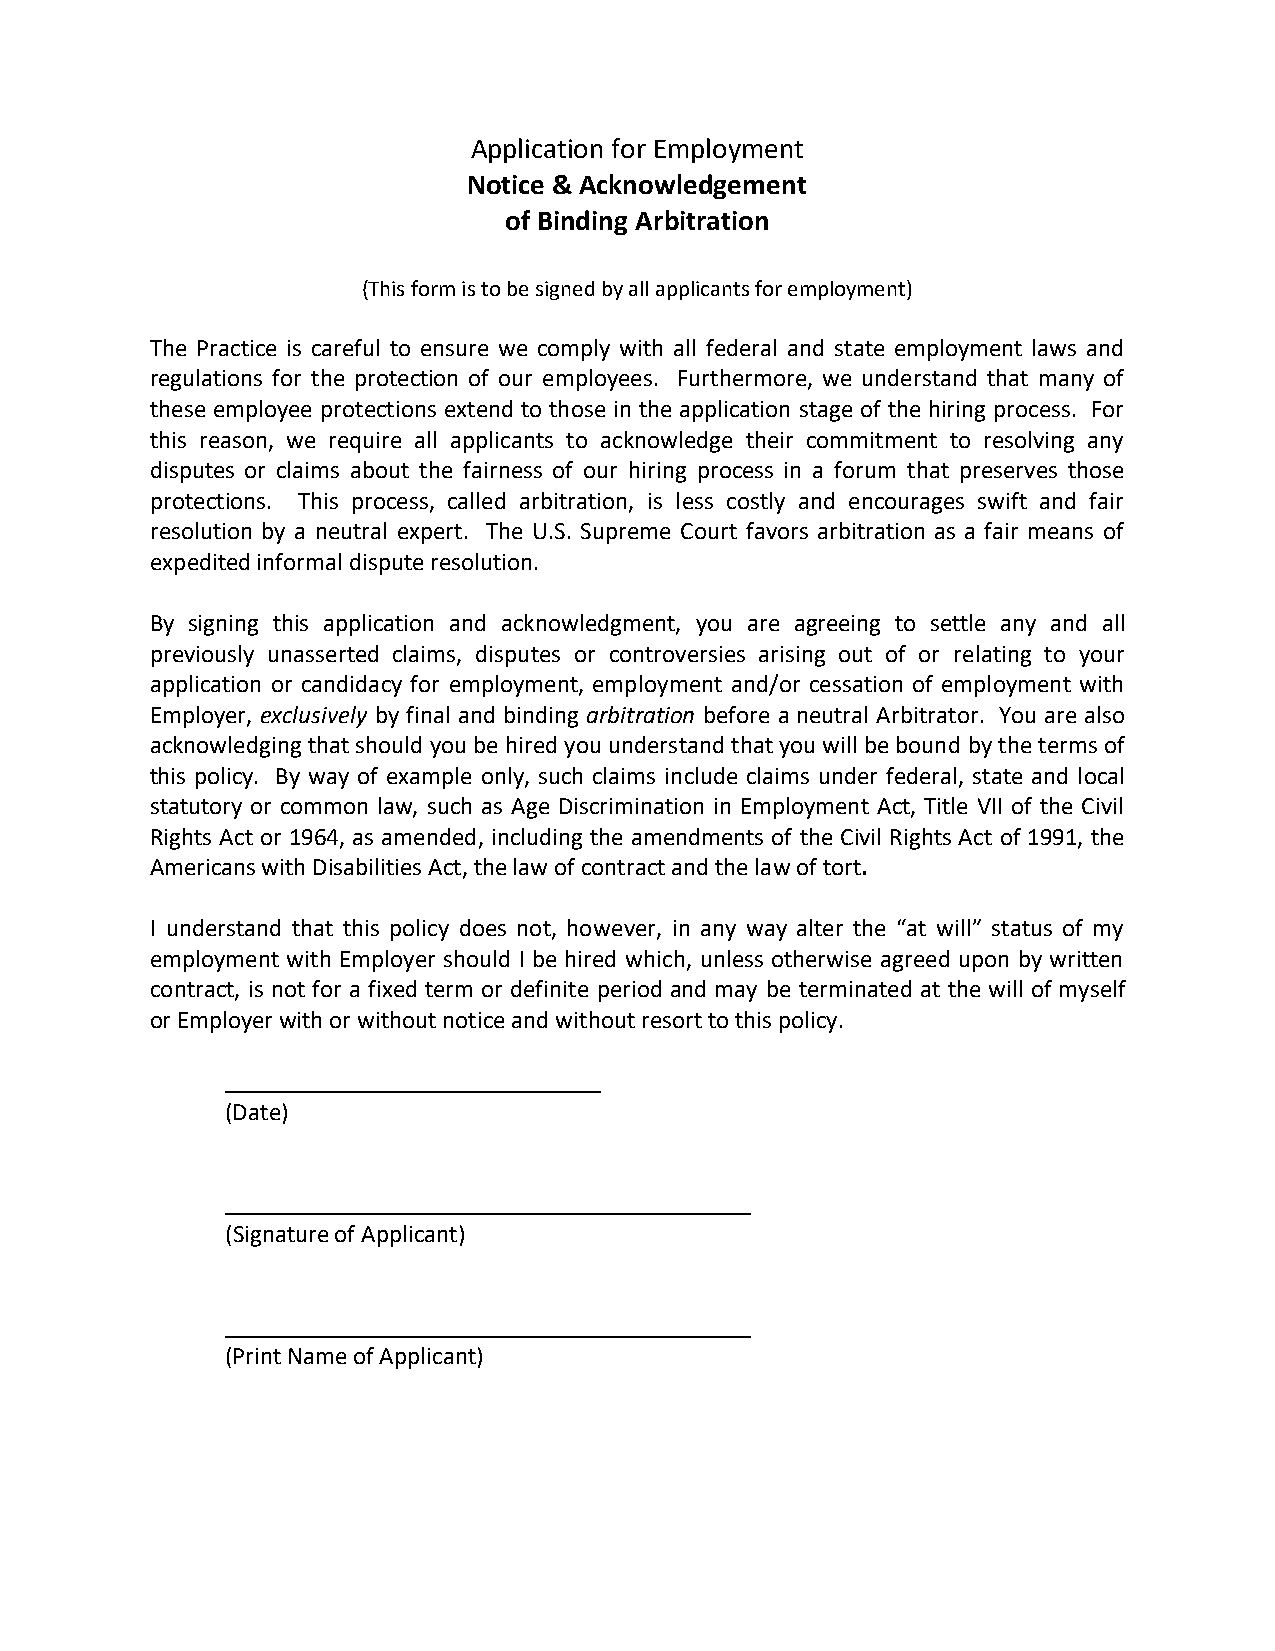
Application for Employment
 Notice & Acknowledgement
 of Binding Arbitration
 (This form is to be signed by all applicants for employment)
 The Practice is careful to ensure we comply with all federal and state employment laws and
 regulations for the protection of our employees. Furthermore, we understand that many of
 these employee protections extend to those in the application stage of the hiring process. For
 this reason, we require all applicants to acknowledge their commitment to resolving any
 disputes or claims about the fairness of our hiring process in a forum that preserves those
 protections. This process, called arbitration, is less costly and encourages swift and fair
 resolution by a neutral expert. The U.S. Supreme Court favors arbitration as a fair means of
 expedited informal dispute resolution.
 By signing this application and acknowledgment, you are agreeing to settle any and all
 previously unasserted claims, disputes or controversies arising out of or relating to your
 application or candidacy for employment, employment and/or cessation of employment with
 Employer, exclusively by final and binding arbitration before a neutral Arbitrator. You are also
 acknowledging that should you be hired you understand that you will be bound by the terms of
 this policy. By way of example only, such claims include claims under federal, state and local
 statutory or common law, such as Age Discrimination in Employment Act, Title VII of the Civil
 Rights Act or 1964, as amended, including the amendments of the Civil Rights Act of 1991, the
 Americans with Disabilities Act, the law of contract and the law of tort.
 I understand that this policy does not, however, in any way alter the “at will” status of my
 employment with Employer should I be hired which, unless otherwise agreed upon by written
 contract, is not for a fixed term or definite period and may be terminated at the will of myself
 or Employer with or without notice and without resort to this policy.
 (Date)
 (Signature of Applicant)
 (Print Name of Applicant)